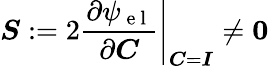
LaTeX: \boldsymbol{S}:=\left.2\frac{\partial\psi_{\mathrm{~e~l~}}}{\partial{\boldsymbol{C}}}\right\vert_{\boldsymbol{C}=\boldsymbol{I}}\neq\boldsymbol{0}